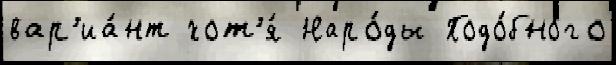
вар'иа́нт хот'я́ Наро́ды Подо́бного